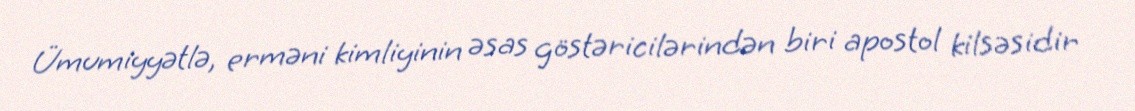
Ümumiyyətlə, erməni kimliyinin əsas göstəricilərindən biri apostol kilsəsidir